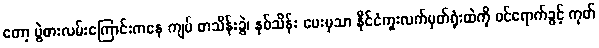
တော့ ပွဲစားလမ်းကြောင်းကနေ ကျပ် တသိန်းခွဲ၊ နှစ်သိန်း ပေးမှသာ နိုင်ငံကူးလက်မှတ်ရုံးထဲကို ဝင်ရောက်ခွင့် ကုတ်